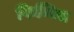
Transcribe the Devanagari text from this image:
फिन्निस